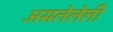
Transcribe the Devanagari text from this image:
असलेलेली